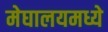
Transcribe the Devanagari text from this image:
मेघालयमध्ये